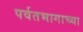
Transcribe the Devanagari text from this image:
पर्वतभागाच्या